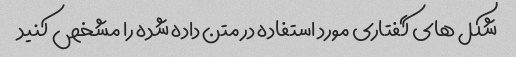
شکل های گفتاری مورد استفاده در متن داده شده را مشخص کنید